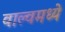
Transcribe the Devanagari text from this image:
वाल्वमध्ये